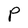
Character: P